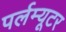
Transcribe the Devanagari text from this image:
पर्लम्यूटर